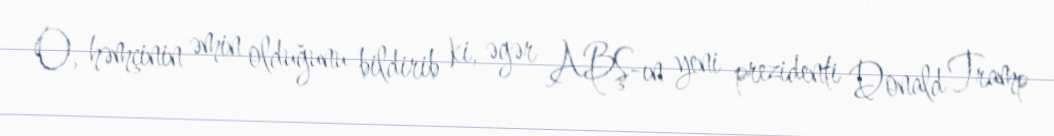
O, həmçinin əmin olduğunu bildirib ki, əgər ABŞ-ın yeni prezidenti Donald Tramp